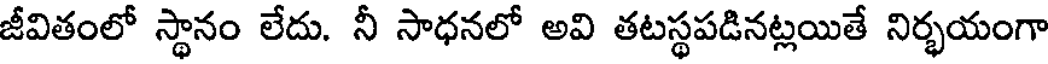
జీవితంలో స్థానం లేదు. నీ సాధనలో అవి తటస్థపడినట్లయితే నిర్భయంగా